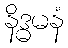
နိဒ္ဓမနံ